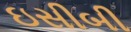
ઇસીબી